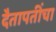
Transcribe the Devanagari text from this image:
दैतापतींचा